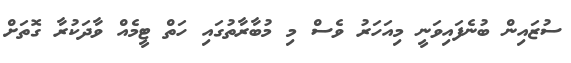
ސުޒައިން ބުނެފައިވަނީ މިއަހަރު ވެސް މި މުބާރާތުގައި ހަތް ޓީމެއް ވާދަކުރާ ގޮތަށް